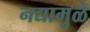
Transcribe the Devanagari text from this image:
नद्यामुळे